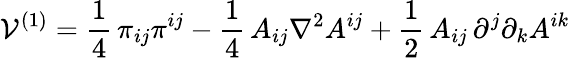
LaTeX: \mathcal{V}^{(1)}=\frac{{1}}{{4}}\, \pi_{ij}\pi^{ij}-\frac{{1}}{{4}}\, A_{ij}\nabla^{2}A^{ij}+\frac{{1}}{{2}}\, A_{ij}\, \partial^{j}\partial_{k}A^{ik}